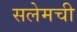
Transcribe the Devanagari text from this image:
सलेमची